Civil Veterinary Department. Central Provinces & Berar 1932-41 - 1932-1941
Year: 1932
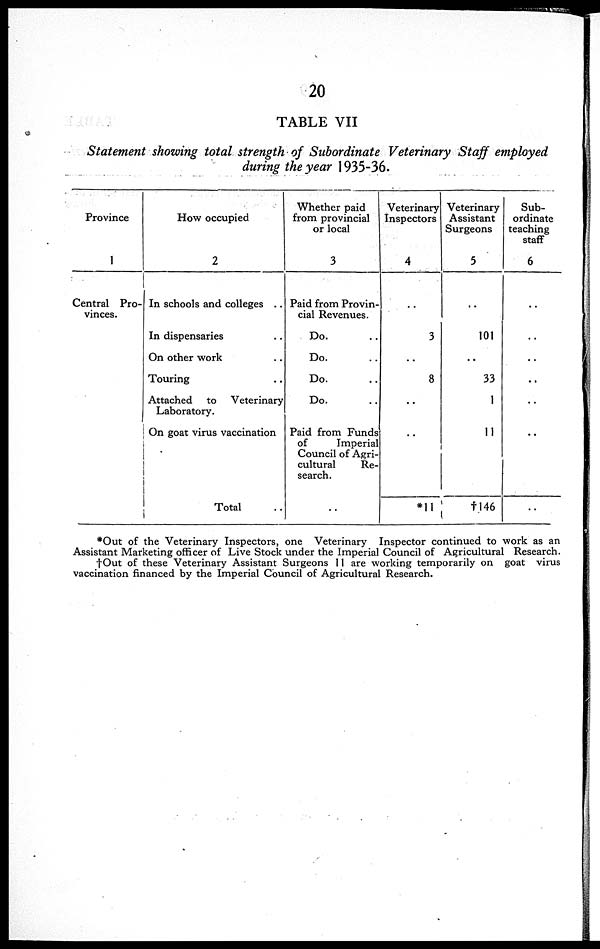
20
TABLE VII
Statement showing total strength of Subordinate Veterinary Staff employed
during the year 1935-36.
Province
1
Central Pro-
vinces.
How occupied
2
In schools and colleges ..
In dispensaries ..
On other work ..
Touring ..
Attached to Veterinary
Laboratory.
On goat virus vaccination
Total ..
Whether paid
from provincial
or local
3
Paid from Provin-
cial Revenues.
Do. ..
Do. ..
Do. ..
Do. ..
Paid from Funds
of
Imperial
Council of Agri-
cultural
Re-
search.
..
Veterinary
Inspectors
4
..
3
8
..
..
*11
Veterinary
Assistant
Surgeons
5
..
101
..
33
1
11
† 146
Sub-
ordinate
teaching
staff
6
..
..
..
..
..
..
..
*Out of the Veterinary Inspectors, one Veterinary Inspector continued to work as an
Assistant Marketing officer of Live Stock under the Imperial Council of Agricultural Research.
†Out of these Veterinary Assistant Surgeons 11 are working temporarily on goat virus
vaccination financed by the Imperial Council of Agricultural Research.